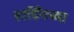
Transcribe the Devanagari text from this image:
हार्डिंगच्या